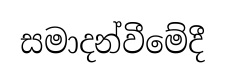
සමාදන්වීමේදී